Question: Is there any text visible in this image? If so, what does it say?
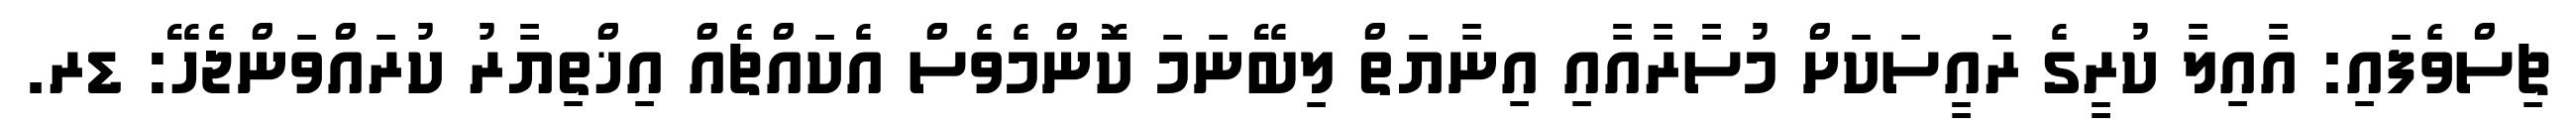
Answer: ޗިސްވެފައި: އާއިލާ ކުރީގެ ރައީސަކަށް މުސާރާއާއި އިނާޔަތް ލިބޭނަމަ ކޮންމެވެސް އެކައްޗެއް އިޚްތިޔާރު ކުރައްވަންޖެހޭ: ޑރ.